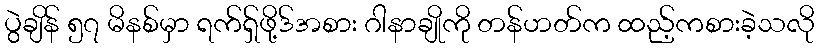
ပွဲချိန် ၅၇ မိနစ်မှာ ရက်ရှ်ဖို့ဒ်အစား ဂါနာချိုကို တန်ဟတ်က ထည့်ကစားခဲ့သလို